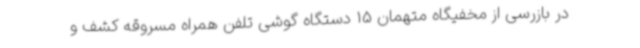
در بازرسی از مخفیگاه متهمان 15 دستگاه گوشی تلفن همراه مسروقه کشف و